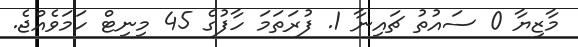
މާޒިޔާ 0 ސައުތު ޗައިނާ 1. ފުރަތަމަ ހާފުގެ 45 މިިނިޓް ހަމަވެއްޖެ.